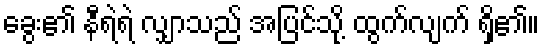
ခွေး၏ နီရဲရဲ လျှာသည် အပြင်သို့ ထွက်လျက် ရှိ၏။